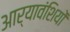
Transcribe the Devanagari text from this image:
आर्यावंशियों